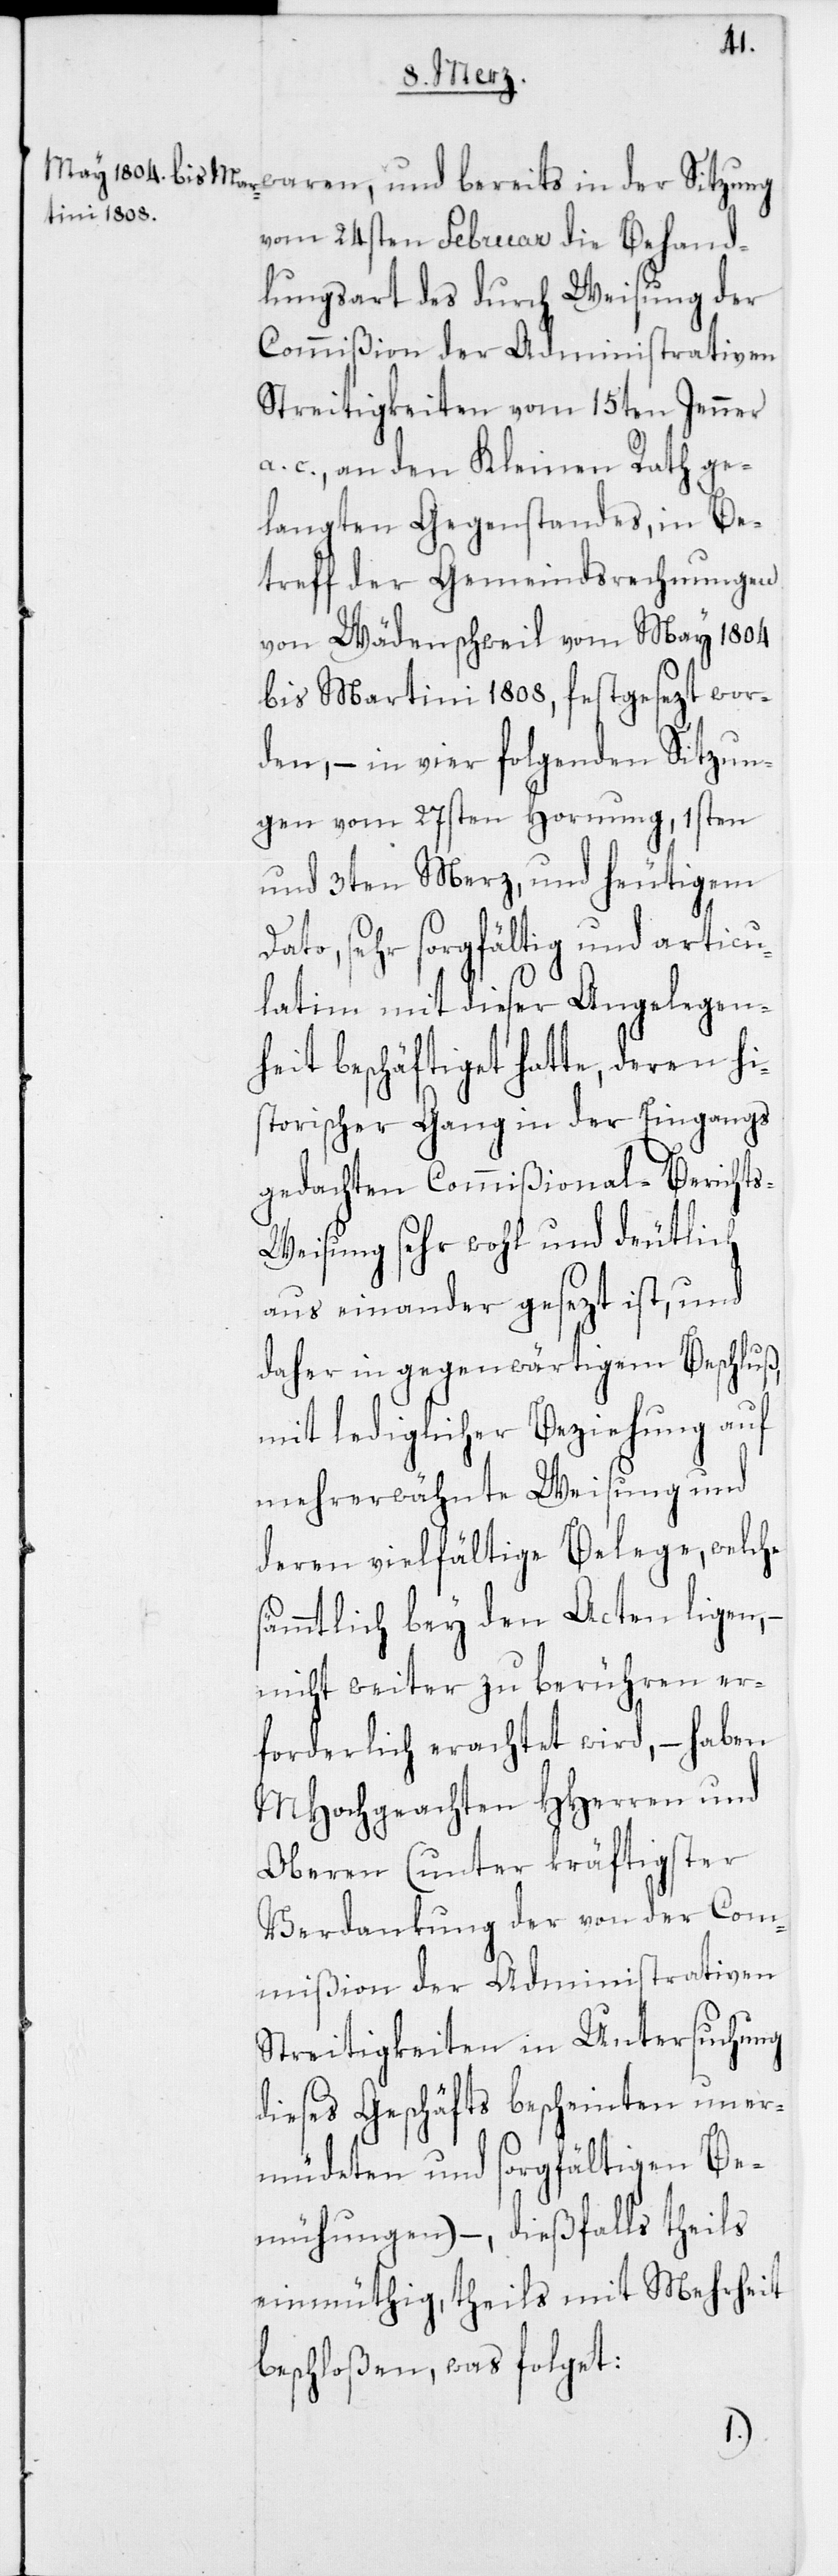
vom 24sten Februar die Behand¬
lungsart des durch Weisung der
Commißion der Administrativen
Streitigkeiten vom 15ten Jenner
a. c., an den Kleinen Rath ge¬
langten Gegenstandes, in Be¬
treff der Gemeindsrechnungen
von Wädenschweil vom May 1804
bis Martini 1808, festgesezt wor¬
den, – in vier folgenden Sitzun¬
gen vom 27sten Hornung, 1sten
und 3ten Merz, und heutigem
Dato, sehr sorgfältig und articu¬
latim mit dieser Angelegen¬
heit beschäftiget hatte, deren hi¬
storischer Gang in der Eingangs
gedachten Commißional-Bericht¬
s-Weisung sehr wohl und deutlich
aus einander gesezt ist, und
daher in gegenwärtigem Beschluß,
mit lediglicher Beziehung auf
mehrerwähnte Weisung und
deren vielfältige Belege, welche
sämmtlich bey den Acten ligen,
nicht weiter zu berühren er¬
forderlich erachtet wird, – haben
MHochgeachten HHerren und
Oberen (unter kräftigster
Verdankung der von der Com¬
mißion der Administrativen
Streitigkeiten in Untersuchung
dieses Geschäfts bescheinten uner¬
müdeten und sorgfältigen Be¬
mühungen) –, dießfalls theils
einmüthig, theils mit Mehrheit
beschloßen, was folget: